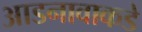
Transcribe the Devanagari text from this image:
आडनावाकडे